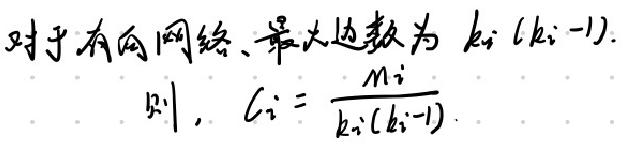
对于有向网络，最大边数为$k_i(k_i - 1)$.
则，$C_i=\frac{m_i}{k_i(k_i - 1)}$.